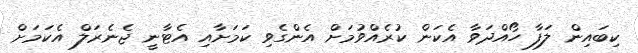
ކިބައިން ލަފާ ހޯއްދަވާ އެކަން ކުރެއްވުމަށް އެންގެވި ކަމަށާއި އެޓާނީ ޖެނެރަލް އެކަމަށް